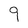
Character: 9